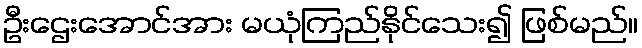
ဦးဌေးအောင်အား မယုံကြည်နိုင်သေး၍ ဖြစ်မည်။